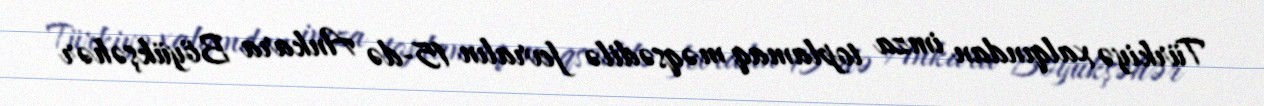
Türkiyə xalqından imza toplamaq məqsədilə fevralın 15-də Ankara Böyükşəhər